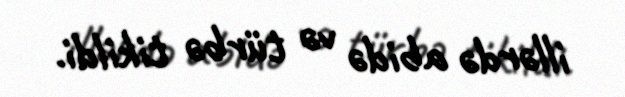
illərdə abidə və türbə tikildi.